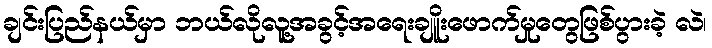
ချင်းပြည်နယ်မှာ ဘယ်လိုလူ့အခွင့်အရေးချိူးဖောက်မှုတွေဖြစ်ပွားခဲ့ လဲ၊